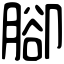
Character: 腳